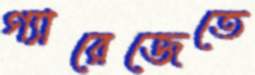
গ্যারেজেতে